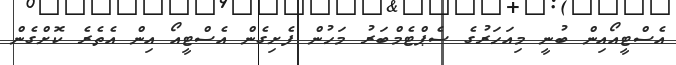
އެސްޓީއޯއިން ބުނީ މިއަހަރުގެ ސެޕްޓެމްބަރު މަހުން ފެށިގެން އެސްޓީއޯ އިން އެތެރެ ކޮށްގެން